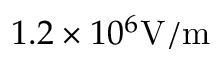
1 . 2 \times 1 0 ^ { 6 } \mathrm { V / m }